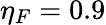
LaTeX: \eta_{F}=0.9